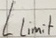
Text: Llimit